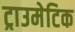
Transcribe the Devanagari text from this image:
ट्राउमेटिक